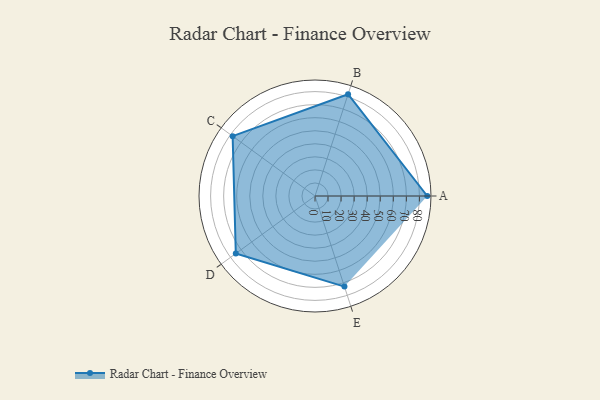
{"axis": {"x": "Skill", "y": "Score"}, "legend": ["Profile"], "data": [{"x": "A", "y": 86.0, "type": "Profile"}, {"x": "B", "y": 82.0, "type": "Profile"}, {"x": "C", "y": 78.0, "type": "Profile"}, {"x": "D", "y": 75.0, "type": "Profile"}, {"x": "E", "y": 73.0, "type": "Profile"}]}